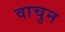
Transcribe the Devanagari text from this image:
वाचुन